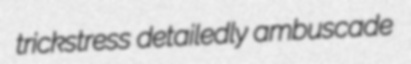
trickstress detailedly ambuscade